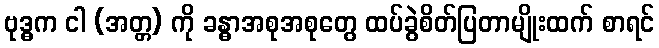
ဗုဒ္ဓက ငါ (အတ္တ) ကို ခန္ဓာအစုအစုတွေ ထပ်ခွဲစိတ်ပြတာမျိုးထက် စာရင်